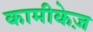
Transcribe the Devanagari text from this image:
कामीकेज़